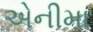
એનીમા